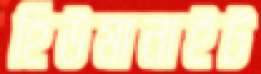
হিউমানাইট